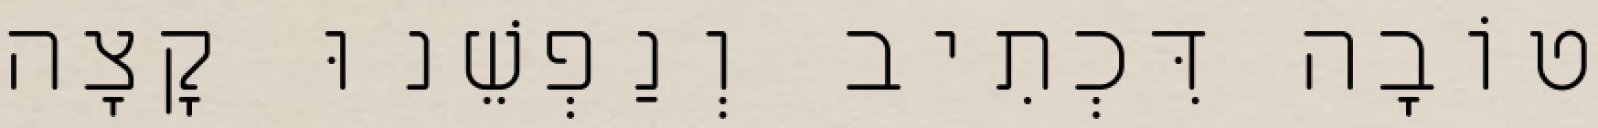
טוֹבָה דִּכְתִיב וְנַפְשֵׁנוּ קָצָה